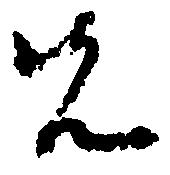
先